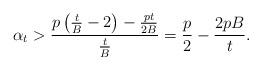
LaTeX: \begin{align*}\alpha_t > \frac{p\left(\frac{t}{B}-2\right)-\frac{pt}{2B}}{\frac{t}{B}}=\frac{p}{2}-\frac{2pB}{t}.\end{align*}